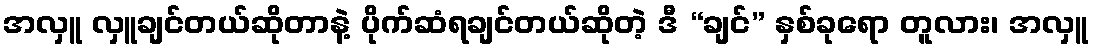
အလှူ လှူချင်တယ်ဆိုတာနဲ့ ပိုက်ဆံရချင်တယ်ဆိုတဲ့ ဒီ “ချင်” နှစ်ခုရော တူလား၊ အလှူ